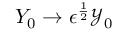
Y _ { 0 } \rightarrow \epsilon ^ { \frac { 1 } { 2 } } \mathcal { Y } _ { 0 }